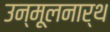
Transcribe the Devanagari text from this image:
उन्मूलनार्थ